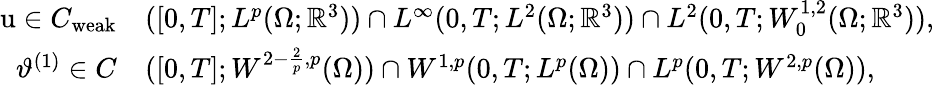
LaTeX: \begin{array}{rl}{\textbf{\textup{u}}\in C_{\mathrm{weak}}}&{([0,T];L^{p}(\Omega;\mathbb{R}^{3}))\cap L^{\infty}(0,T;L^{2}(\Omega;\mathbb{R}^{3}))\cap L^{2}(0,T;W_{0}^{1,2}(\Omega;\mathbb{R}^{3})),}\\ {\vartheta^{(1)}\in C}&{([0,T];W^{2-\frac{2}{p},p}(\Omega))\cap W^{1,p}(0,T;L^{p}(\Omega))\cap L^{p}(0,T;W^{2,p}(\Omega)),}\end{array}